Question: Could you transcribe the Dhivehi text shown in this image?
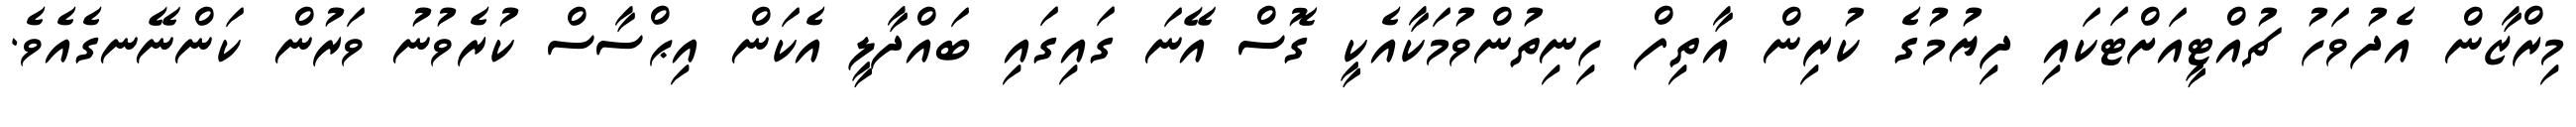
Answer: މިރްޒާން އެދުވަހު ޗުއްޓީއަށްޓަކައި ދިޔުމުގެ ކުރިން އާތިފް ހިނިތުންވުމަކާއެކީ ގޮސް އޭނަ ގައިގައި ބައްދާލީ އެކަން އިޙްސާސް ކުރެވުނު ވަރުން ކަންނޭނގެއެވެ.